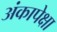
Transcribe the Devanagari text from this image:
अंकापेक्षा